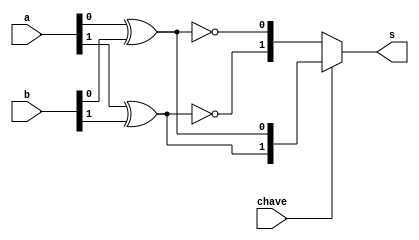
// ---------------------
// Exercicio0036
// Nome: Marcio Enio G Dutra Junior 
// --------------------- 
 
// ------------------------- 
//  f4_gate 
// ------------------------- 
module f4 (output[1:0] s, input[1:0] a, input[1:0] b, input chave); 
	wire[1:0] s0; 
	wire[1:0] s1; 

	xor xor1(s0[0], a[0], b[0]);
	xor xor2(s0[1], a[1], b[1]);
	xnor xnor1(s1[0], a[0], b[0]);
	xnor xnor2(s1[1], a[1], b[1]);

	assign s = chave? s0: s1;          // usar apenas portas

endmodule // f4 
 
module test_f4; 
// ------------------------- definir dados 
       reg[1:0] x; 
       reg[1:0] y; 
       wire[1:0] z; 
		 reg chave;
 
       f4 modulo (z, x, y, chave); 
 
// ------------------------- parte principal 
 
   initial begin 
         $display("Exemplo0036 - Marcio Enio G Dutra Junior - 441698"); 
         $display("Test LU's module"); 
			
			  chave = 0;
           x = 2'b00;       y = 2'b00; 
 
   // projetar testes do modulo 
   #1   $monitor("%3b %3b = %3b \tChave = %3b",x,y,z,chave); 
	#1   x = 2'b00;  y = 2'b01; 
	#1   x = 2'b00;  y = 2'b10; 
	#1   x = 2'b00;  y = 2'b11; 
	#1   x = 2'b01;  y = 2'b00; 
	#1   x = 2'b01;  y = 2'b01; 
	#1   x = 2'b01;  y = 2'b10; 
	#1   x = 2'b01;  y = 2'b11;
	#1   x = 2'b10;  y = 2'b00; 
	#1   x = 2'b10;  y = 2'b01; 
	#1   x = 2'b10;  y = 2'b10; 
	#1   x = 2'b10;  y = 2'b11;
	#1   x = 2'b11;  y = 2'b00; 
	#1   x = 2'b11;  y = 2'b01; 
	#1   x = 2'b11;  y = 2'b10; 
	#1   x = 2'b11;  y = 2'b11;
	#1   x = 2'b00;  y = 2'b00;
	#1	  chave = 1;
		  $display("");
	#1   x = 2'b00;  y = 2'b01; 
	#1   x = 2'b00;  y = 2'b10; 
	#1   x = 2'b00;  y = 2'b11; 
	#1   x = 2'b01;  y = 2'b00; 
	#1   x = 2'b01;  y = 2'b01; 
	#1   x = 2'b01;  y = 2'b10; 
	#1   x = 2'b01;  y = 2'b11;
	#1   x = 2'b10;  y = 2'b00; 
	#1   x = 2'b10;  y = 2'b01; 
	#1   x = 2'b10;  y = 2'b10; 
	#1   x = 2'b10;  y = 2'b11;
	#1   x = 2'b11;  y = 2'b00; 
	#1   x = 2'b11;  y = 2'b01; 
	#1   x = 2'b11;  y = 2'b10; 
	#1   x = 2'b11;  y = 2'b11;
 
   end 
 
endmodule // test_f4